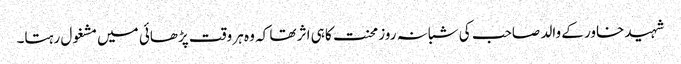
شہید خاور کے والد صاحب کی شبانہ روز محنت کا ہی اثر تھا کہ وہ ہر وقت پڑھائی میں مشغول رہتا۔